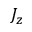
J _ { z }